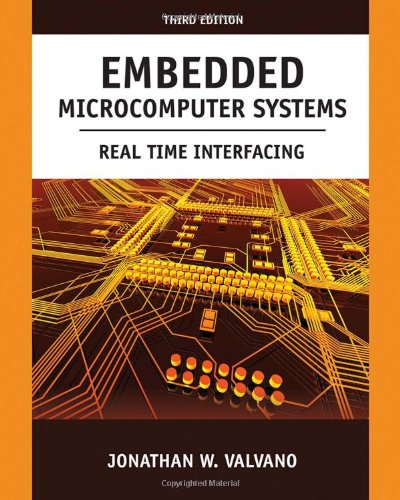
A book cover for Embedded Microcomputer Systems: Real Time Interfacing; Jonathan W. Valvano; Computers & Technology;